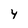
Character: 4